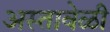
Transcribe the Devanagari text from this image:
अस्तावेळी